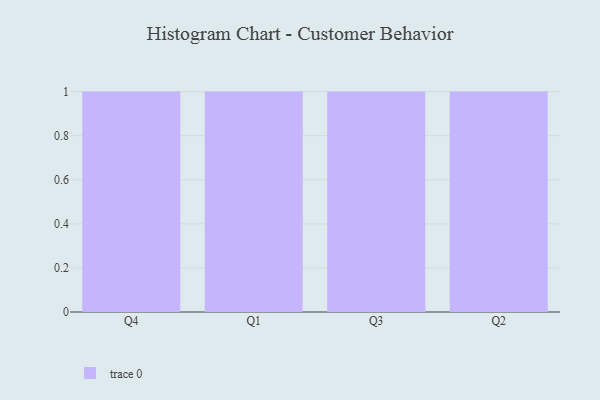
{"axis": {"x": "Quarter", "y": "Latency (ms)"}, "legend": [""], "data": [{"x": "Q4", "y": 98, "type": ""}, {"x": "Q1", "y": 73, "type": ""}, {"x": "Q3", "y": 79, "type": ""}, {"x": "Q2", "y": 39, "type": ""}]}